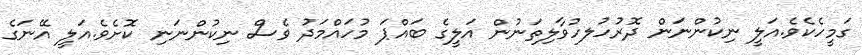
ގަމީހެކެވެ.އަލީ ނިކުންނަން ދޮރުހުލހުވާލިތަނުން އަލީގެ ބައްޕަ މުހައްމަދު ވެސް ނިކުންނަނި ކޮށެވެ.އަލީ އޭނަގެ